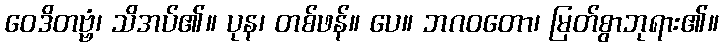
ဝေဒိတဗ္ဗံ၊ သိအပ်၏။ ပုန၊ တစ်ဖန်။ ပေ။ ဘဂဝတော၊ မြတ်စွာဘုရား၏။